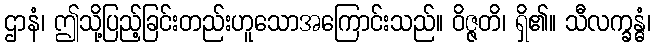
ဌာနံ၊ ဤသို့ပြည့်ခြင်းတည်းဟူသောအကြောင်းသည်။ ဝိဇ္ဇတိ၊ ရှိ၏။ သီလက္ခန္ဓံ၊